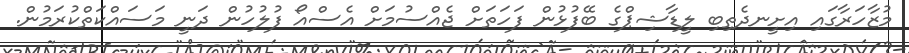
މުޒާހަރާގައި އިށީނދެތިބި ލީޑާޝިޕްގެ ބޭފުޅުން ފަހަތަށް ޖެއްސުމަށް އެސްއޯ ފުލުހުން ދަނީ މަސައްކަތްކުރަމުން.